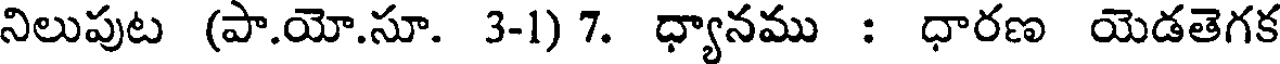
నిలుపుట (పా.యో.సూ. 3-1) 7. ధ్యానము : ధారణ యెడతెగక